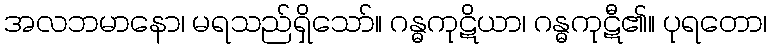
အလဘမာနော၊ မရသည်ရှိသော်။ ဂန္ဓကုဋိယာ၊ ဂန္ဓကုဋီ၏။ ပုရတော၊